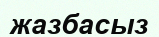
жазбасыз